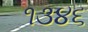
૧૩૪૬